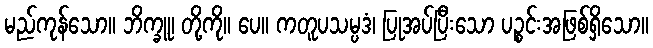
မည်ကုန်သော။ ဘိက္ခူ၊ တို့ကို။ ပေ။ ကတူပသမ္ပဒံ၊ ပြုအပ်ပြီးသော ပဉ္စင်းအဖြစ်ရှိသော။